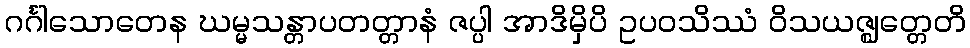
ဂင်္ဂါသောတေန ဃမ္မသန္တာပတတ္တာနံ ဇပ္ပါ အာဒိမှိပိ ဥပဝသိဿံ ဝိသယဇ္ဈတ္တေတိ